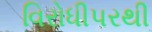
વિરોધીપરથી